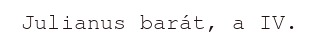
Julianus barát, a IV.